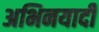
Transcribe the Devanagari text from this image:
अभिनयादी